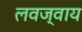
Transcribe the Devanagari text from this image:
लवज्वाय